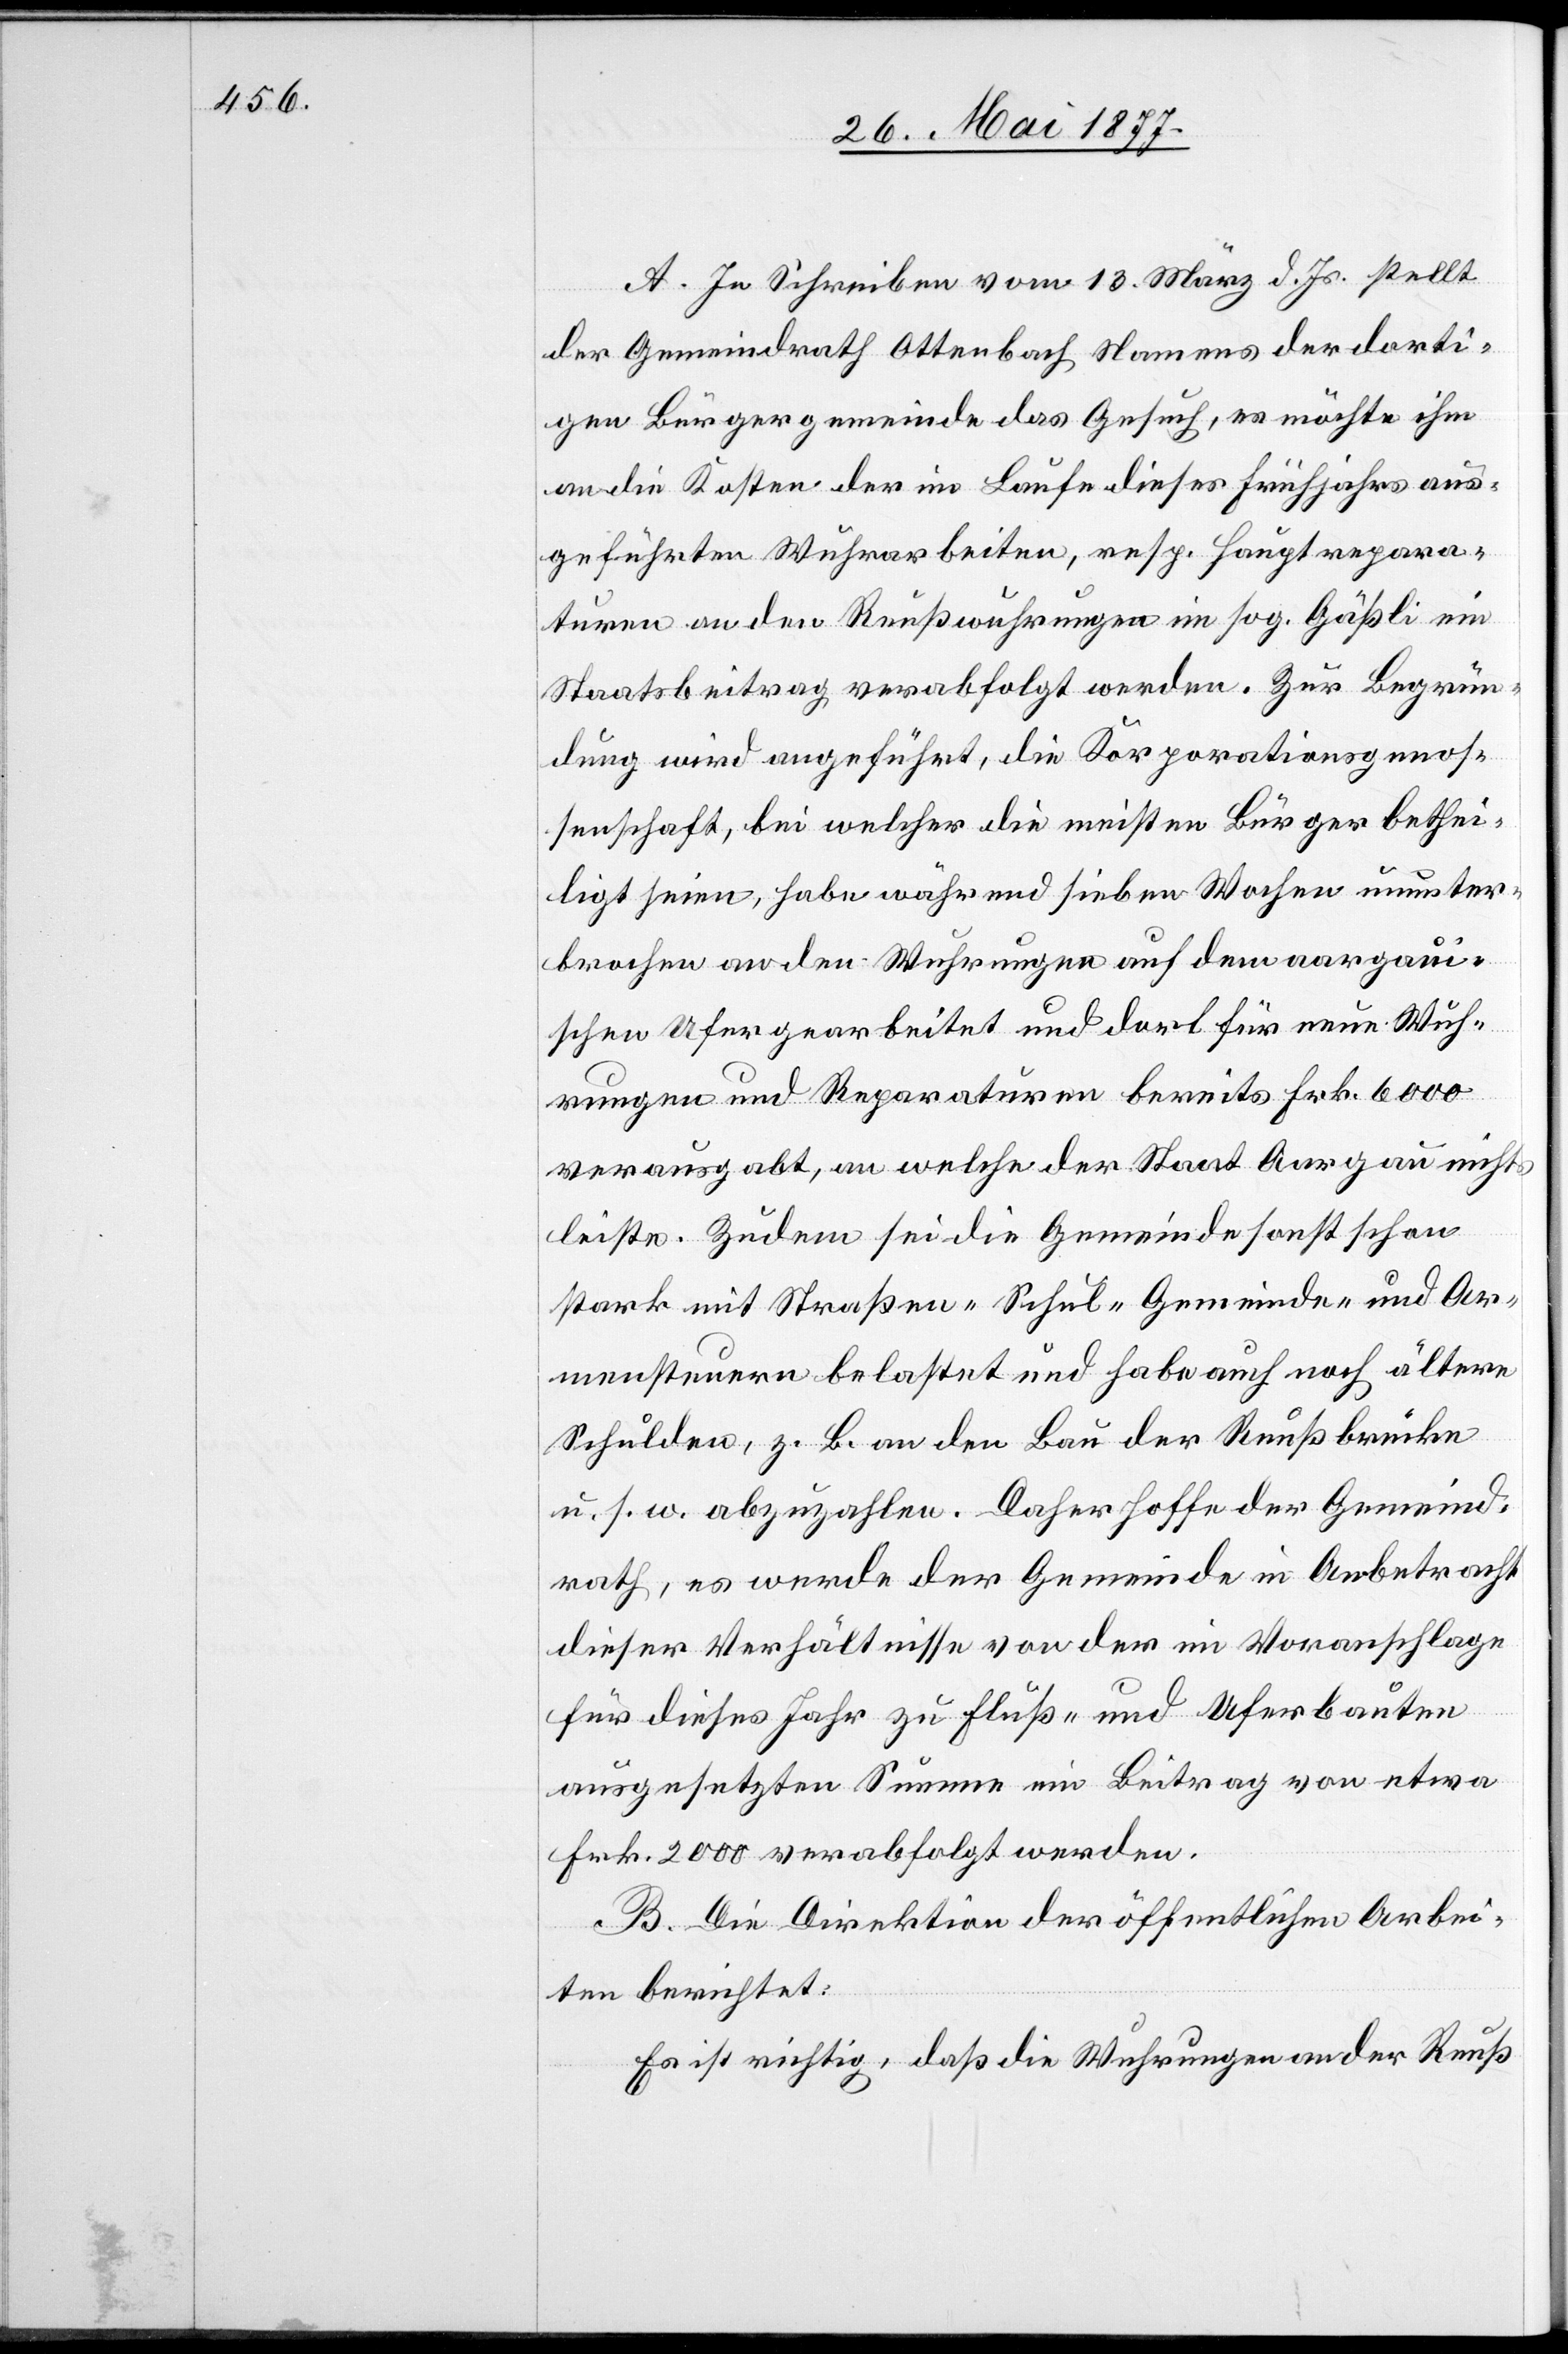
A. In Schreiben vom 13. März d. Js. stellt
der Gemeindrath Ottenbach Namens der dorti¬
gen Bürgergemeinde das Gesuch, es möchte ihm
an die Kosten der im Laufe dieses Frühjahres aus¬
geführten Wuhrarbeiten, resp. Hauptrepara¬
turen an den Reußwuhrungen im sog. Gäßli ein
Staatsbeitrag verabfolgt werden. Zur Begrün¬
dung wird angeführt, die Korporationsgenos¬
senschaft, bei welcher die meisten Bürger bethei¬
ligt seien, habe während sieben Wochen ununter¬
brochen an den Wuhrungen auf dem aargaui¬
schen Ufer gearbeitet und dort für neue Wuh¬
rungen und Reparaturen bereits Frk. 6000
verausgabt, an welche der Staat Aargau nichts
leiste. Zudem sei die Gemeinde sonst schon
stark mit Straßen- Schul- Gemeinde- und Ar¬
mensteuern belastet und habe auch noch ältere
Schulden, z. B. an den Bau der Reußbrücke
u. s. w. abzuzahlen. Daher hoffe der Gemeind¬
rath, es werde der Gemeinde in Anbetracht
dieser Verhältnisse von der im Voranschlage
für dieses Jahr zu Fluß- und Uferbauten
ausgesetzten Summe ein Beitrag von etwa
Frk. 2000 verabfolgt werden.
B. Die Direktion der öffentlichen Arbei¬
ten berichtet:
Es ist richtig, daß die Wuhrungen an der Reuß